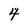
Character: 4